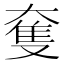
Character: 𡙜